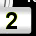
Digit: 2